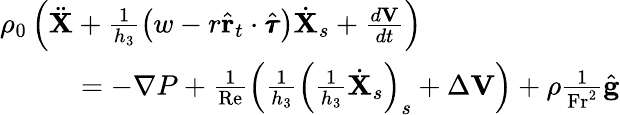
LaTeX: \begin{array}{r}{\rho_{0}\left(\ddot{\mathbf{X}}+\frac{1}{h_{3}}\left(w-r\hat{\mathbf{r}}_{t}\cdot\hat{\pmb{\tau}}\right)\dot{\mathbf{X}}_{s}+\frac{d\mathbf{V}}{dt}\right)\quad\quad\quad\quad\quad\quad\quad}\\ {=-\mathbf{\nabla}P+\frac{1}{\mathrm{Re}}\left(\frac{1}{h_{3}}\left(\frac{1}{h_{3}}\dot{\mathbf{X}}_{s}\right)_{s}+\Delta\mathbf{V}\right)+\rho\frac{1}{\mathrm{Fr}^{2}}\hat{\mathbf{g}}}\end{array}